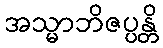
အသ္မာဘိဇပ္ပန္တိ